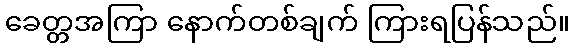
ခေတ္တအကြာ နောက်တစ်ချက် ကြားရပြန်သည်။